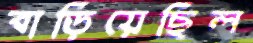
বাড়িয়েছিল